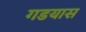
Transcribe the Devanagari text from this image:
गडयास